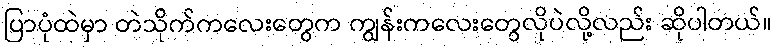
ပြာပုံထဲမှာ တဲသိုက်ကလေးတွေက ကျွန်းကလေးတွေလိုပဲလို့လည်း ဆိုပါတယ်။